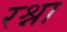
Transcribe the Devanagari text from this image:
रश्ना